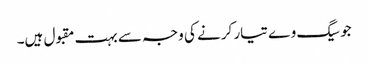
جوسیگ وے تیار کرنے کی وجہ سے بہت مقبول ہیں۔